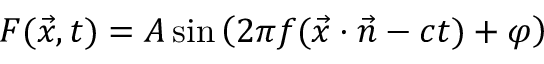
F ( { \vec { x } } , t ) = A \sin \left( 2 \pi f ( { \vec { x } } \cdot { \vec { n } } - c t ) + \varphi \right)